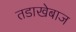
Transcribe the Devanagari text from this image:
तडाखेबाज